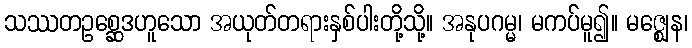
သဿတဥစ္ဆေဒဟူသော အယုတ်တရားနှစ်ပါးတို့သို့။ အနုပဂမ္မ၊ မကပ်မူ၍။ မဇ္ဈေန၊